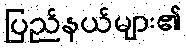
ပြည်နယ်များ၏